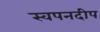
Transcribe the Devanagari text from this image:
स्वपनदीप